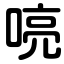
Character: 喨